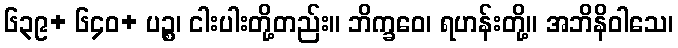
၆၃၉+ ၆၄၀+ ပဉ္စ၊ ငါးပါးတို့တည်း။ ဘိက္ခဝေ၊ ရဟန်းတို့။ အဘိနိဝါသေ၊